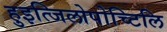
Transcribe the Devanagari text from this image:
हुइत्जिलोपोच्टिलि